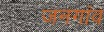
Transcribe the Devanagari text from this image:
जनगांव